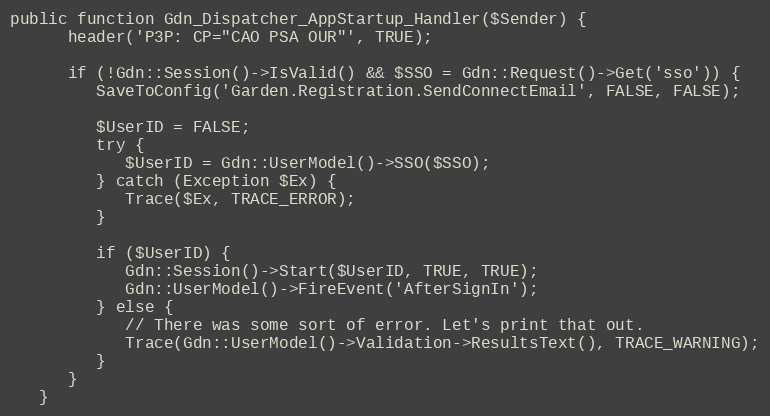
Language: PHP
public function Gdn_Dispatcher_AppStartup_Handler($Sender) {
      header('P3P: CP="CAO PSA OUR"', TRUE);

      if (!Gdn::Session()->IsValid() && $SSO = Gdn::Request()->Get('sso')) {
         SaveToConfig('Garden.Registration.SendConnectEmail', FALSE, FALSE);

         $UserID = FALSE;
         try {
            $UserID = Gdn::UserModel()->SSO($SSO);
         } catch (Exception $Ex) {
            Trace($Ex, TRACE_ERROR);
         }

         if ($UserID) {
            Gdn::Session()->Start($UserID, TRUE, TRUE);
            Gdn::UserModel()->FireEvent('AfterSignIn');
         } else {
            // There was some sort of error. Let's print that out.
            Trace(Gdn::UserModel()->Validation->ResultsText(), TRACE_WARNING);
         }
      }
   }